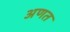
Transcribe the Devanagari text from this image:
अणत